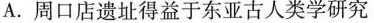
A. 周口店遗址得益于东亚古人类学研究